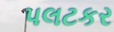
પલટકર